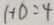
H D = 4